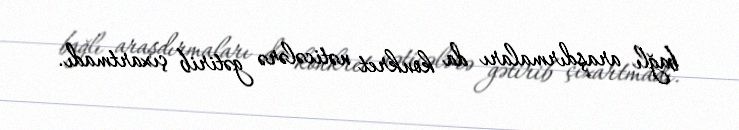
bağlı araşdırmaları da konkret nəticələrə gətirib çıxartmadı.